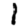
Digit: 1